system: You are a helpful assistant.
user:
Analyze the provided spectrum to determine if it is a **"Cataclysmic Variables (CV)"**.

- **Key Indicators for CV (Check for either state):**
    - **State 1: Quiescent / Low-State (Emission-Dominated)**
        - **(Primary):** Strong and *very broad* Hydrogen Balmer emission lines (e.g., $H\alpha$ at 6563 Å, $H\beta$ at 4861 Å). The 'broadness' (high velocity dispersion, often FWHM > 1000 km/s) is the key diagnostic, indicating a high-velocity accretion disk.
        - **(Secondary):** Broad neutral Helium (He I) emission lines (e.g., 5876 Å, 6678 Å).
        - **(Key Confirmation):** Presence of high-excitation *ionized* Helium (He II) emission at 4686 Å. This is a strong indicator of accretion onto a white dwarf.
        - **(Line Profile):** Emission lines may exhibit a 'double-peaked' profile, which is a classic signature of a rotating accretion disk viewed at high inclination.

    - **State 2: Outburst / High-State (Absorption-Dominated)**
        - **(Primary):** Spectrum is dominated by a bright, blue continuum (looks like a hot star).
        - **(Secondary):** The emission lines from State 1 are weak, absent, or 'filled in', and are replaced by broad, shallow *absorption* lines (primarily Balmer and He I).
        - **(Morphology):** The overall spectrum mimics a hot B/A-type star. The crucial difference is that the absorption lines are significantly broader, shallower, and more 'washed-out' (or 'smeared') than the sharp lines of a normal stellar photosphere, due to high rotational speeds and pressure broadening in the disk.

Think first, call **spectral_visualization_tool** if needed to examine features in detail, then provide your final answer. Your response must adhere to the following strict rules:
1.  **Overall Structure:** Your response must follow the format `<think>...</think> <tool_call>...</tool_call> (if a tool is used) <answer>...</answer>`.
2.  **Tool Usage Constraint:** You may only make **one** tool call per turn.
3.  **Final Answer Format:** In the `<answer>` tag, your conclusion must be inside a `\boxed{}` command (e.g., `\boxed{YES}`), followed by your justification.

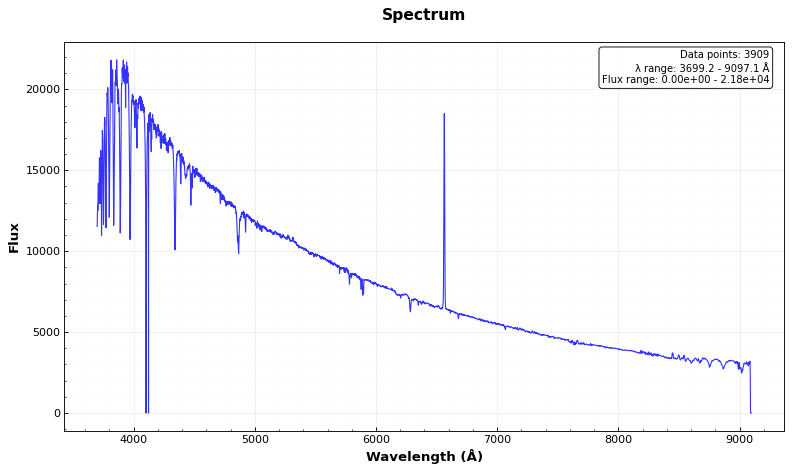
Answer: NO